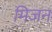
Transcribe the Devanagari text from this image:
मिजन